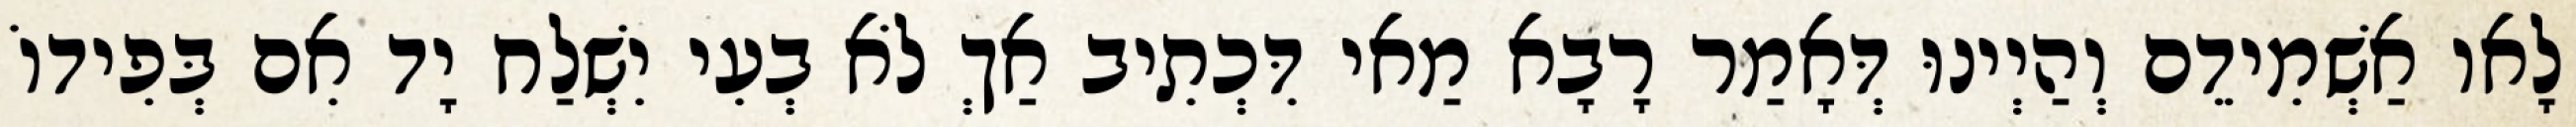
לָאו אַשְׁמִידֵם וְהַיְינוּ דְּאָמַר רָבָא מַאי דִּכְתִיב אַךְ לֹא בְעִי יִשְׁלַח יָד אִם בְּפִידוֹ